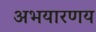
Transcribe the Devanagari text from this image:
अभयारणय